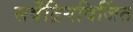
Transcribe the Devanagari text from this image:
सर्वेंद्रियविजिंत